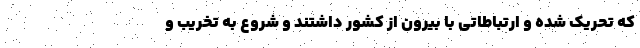
که تحریک شده و ارتباطاتی با بیرون از کشور داشتند و شروع به تخریب و